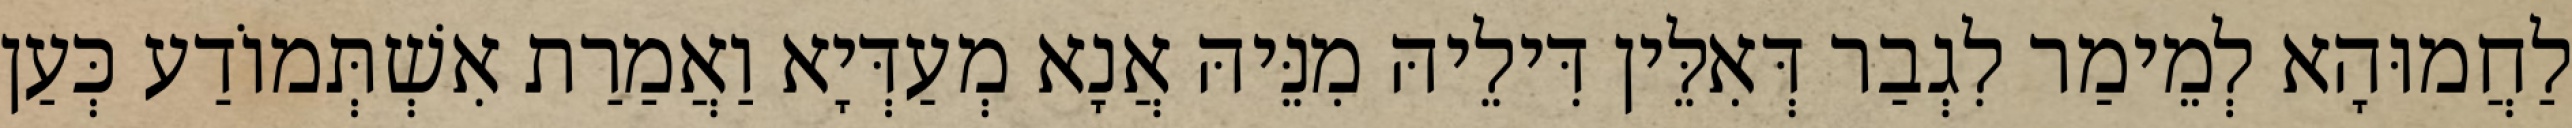
לַחֲמוּהָא לְמֵימַר לִגְבַר דְּאִלֵּין דִּילֵיהּ מִנֵּיהּ אֲנָא מְעַדְּיָא וַאֲמַרַת אִשְׁתְּמוֹדַע כְּעַן